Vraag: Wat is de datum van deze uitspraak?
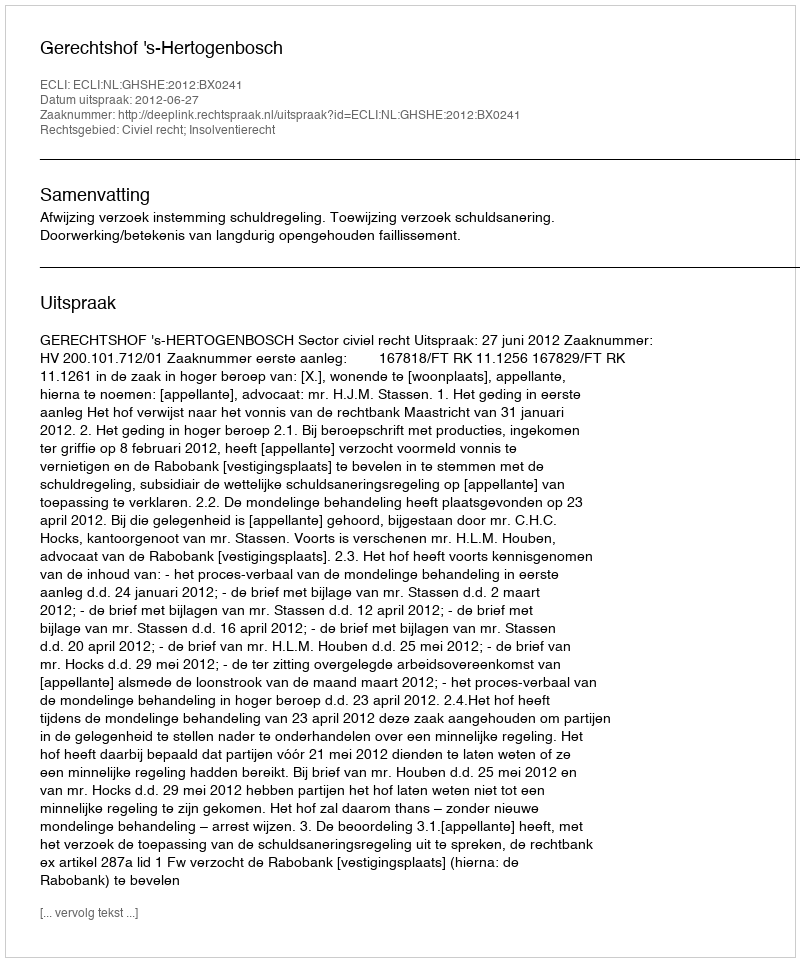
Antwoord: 2012-06-27